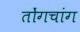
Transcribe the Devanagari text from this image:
तोंगचांग